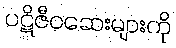
ပဋိဇီဝဆေးများကို